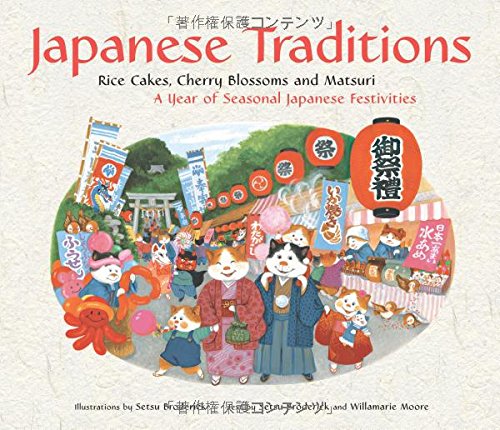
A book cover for Japanese Traditions: Rice Cakes, Cherry Blossoms and Matsuri: A Year of Seasonal Japanese Festivities; Setsu Broderick; Children's Books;